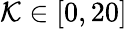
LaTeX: \mathcal{K}\in[0,20]